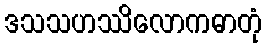
ဒသသဟဿိလောကဓာတုံ